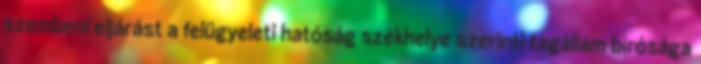
szembeni eljárást a felügyeleti hatóság székhelye szerinti tagállam bírósága